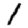
Digit: 1